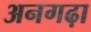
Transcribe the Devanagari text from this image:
अनगढ़ा